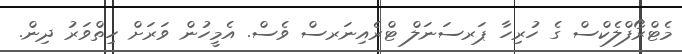
މެޓްރޯފްލެކްސް ގެ ހުރިހާ ޕަރސަނަލް ޓްރެއިނަރސް ވެސް. އެމީހުން ވަރަށް ހިތްވަރު ދިން.